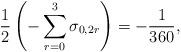
LaTeX: \begin{align*}{1\over 2}\left(-\sum_{r=0}^{3}\sigma_{0,2r}\right)=-{1\over 360},\end{align*}